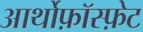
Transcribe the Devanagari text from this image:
आर्थोफ़ॉस्फ़ेट